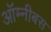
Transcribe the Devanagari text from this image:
ऑम्नीबस